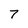
Character: 7